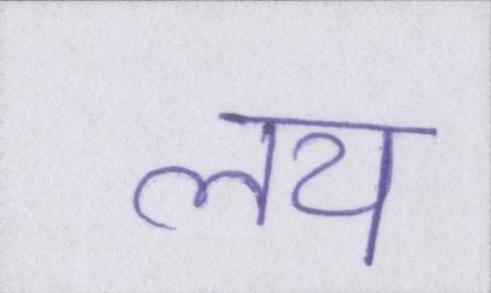
लय